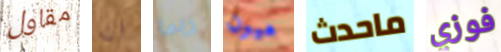
مقاول ان ربما هيون ماحدث فوزي